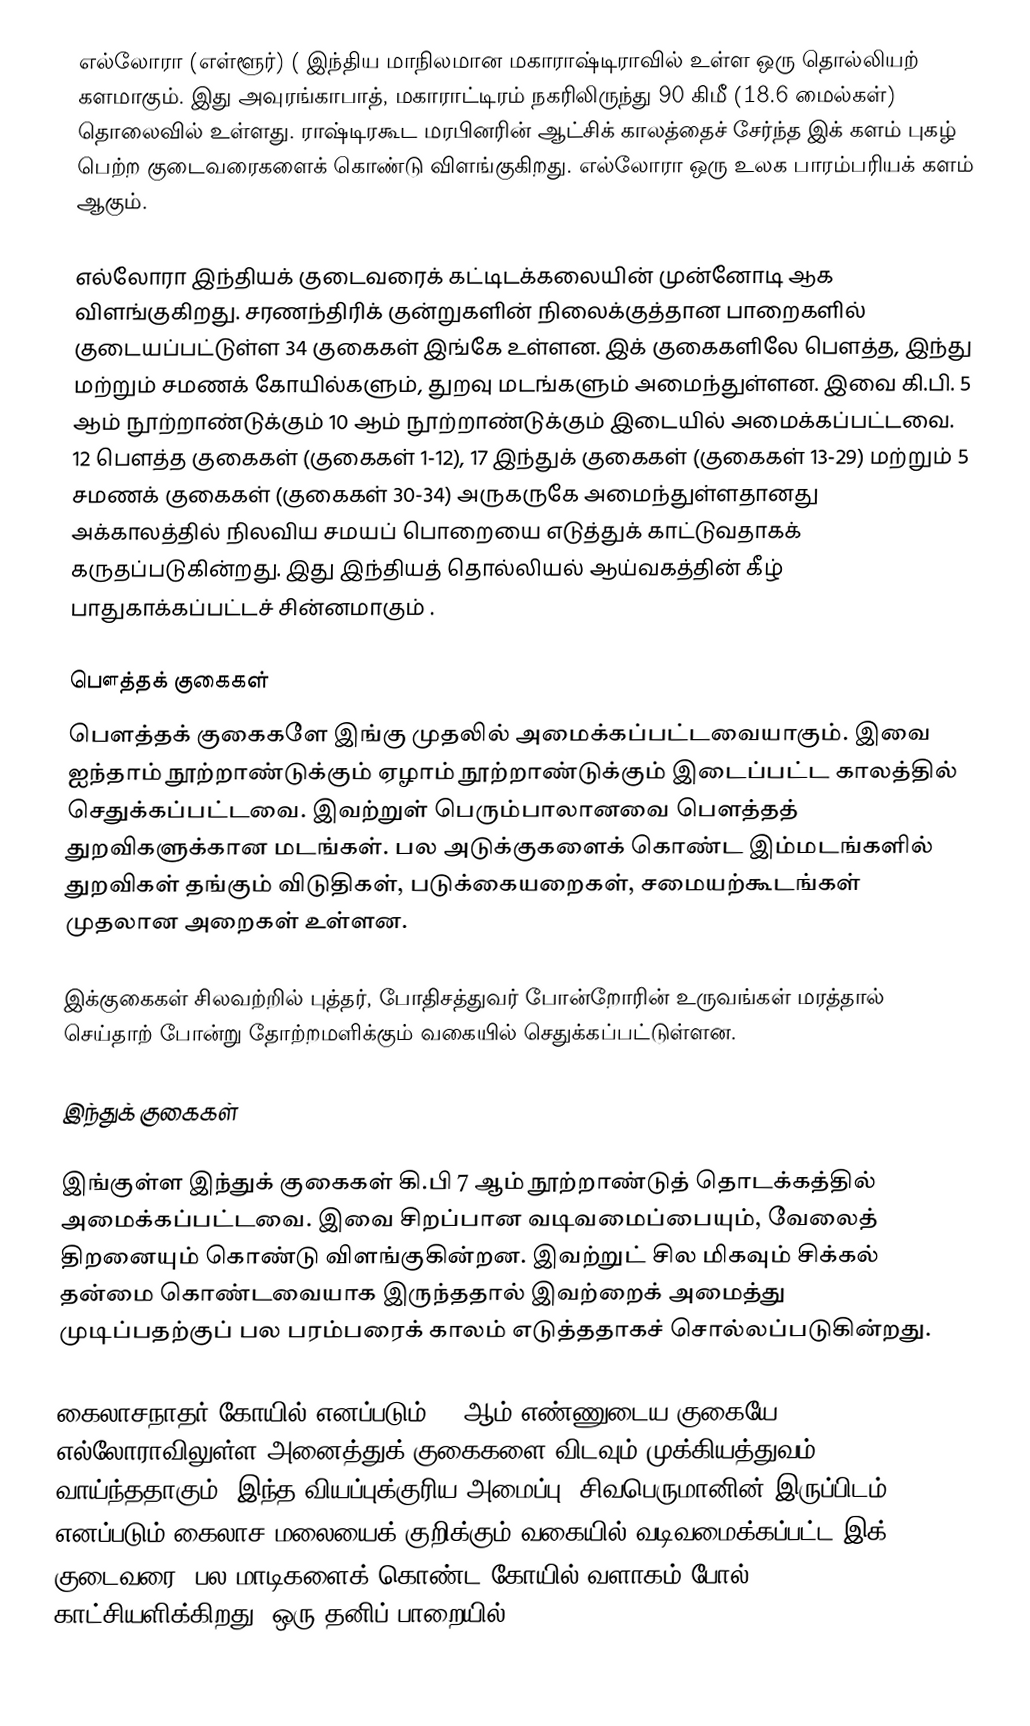
எல்லோரா (எள்ளூர்) (  இந்திய மாநிலமான மகாராஷ்டிராவில் உள்ள ஒரு தொல்லியற் களமாகும். இது அவுரங்காபாத், மகாராட்டிரம் நகரிலிருந்து 90 கிமீ (18.6 மைல்கள்) தொலைவில் உள்ளது. ராஷ்டிரகூட மரபினரின் ஆட்சிக் காலத்தைச் சேர்ந்த இக் களம் புகழ் பெற்ற குடைவரைகளைக் கொண்டு விளங்குகிறது. எல்லோரா ஒரு உலக பாரம்பரியக் களம் ஆகும்.

எல்லோரா இந்தியக் குடைவரைக் கட்டிடக்கலையின் முன்னோடி ஆக விளங்குகிறது. சரணந்திரிக் குன்றுகளின் நிலைக்குத்தான பாறைகளில் குடையப்பட்டுள்ள 34 குகைகள் இங்கே உள்ளன. இக் குகைகளிலே பௌத்த, இந்து மற்றும் சமணக் கோயில்களும், துறவு மடங்களும் அமைந்துள்ளன. இவை கி.பி. 5 ஆம் நூற்றாண்டுக்கும் 10 ஆம் நூற்றாண்டுக்கும் இடையில் அமைக்கப்பட்டவை. 12 பௌத்த குகைகள் (குகைகள் 1-12), 17 இந்துக் குகைகள் (குகைகள் 13-29) மற்றும் 5 சமணக் குகைகள் (குகைகள் 30-34) அருகருகே அமைந்துள்ளதானது அக்காலத்தில் நிலவிய சமயப் பொறையை எடுத்துக் காட்டுவதாகக் கருதப்படுகின்றது. இது இந்தியத் தொல்லியல் ஆய்வகத்தின்  கீழ் பாதுகாக்கப்பட்டச் சின்னமாகும் .

பௌத்தக் குகைகள்
பௌத்தக் குகைகளே இங்கு முதலில் அமைக்கப்பட்டவையாகும். இவை ஐந்தாம் நூற்றாண்டுக்கும் ஏழாம் நூற்றாண்டுக்கும் இடைப்பட்ட காலத்தில் செதுக்கப்பட்டவை. இவற்றுள் பெரும்பாலானவை பௌத்தத் துறவிகளுக்கான மடங்கள். பல அடுக்குகளைக் கொண்ட இம்மடங்களில் துறவிகள் தங்கும் விடுதிகள், படுக்கையறைகள், சமையற்கூடங்கள் முதலான அறைகள் உள்ளன.

இக்குகைகள் சிலவற்றில் புத்தர், போதிசத்துவர் போன்றோரின் உருவங்கள் மரத்தால் செய்தாற் போன்று தோற்றமளிக்கும் வகையில் செதுக்கப்பட்டுள்ளன.

இந்துக் குகைகள்

இங்குள்ள இந்துக் குகைகள் கி.பி 7 ஆம் நூற்றாண்டுத் தொடக்கத்தில் அமைக்கப்பட்டவை. இவை சிறப்பான வடிவமைப்பையும், வேலைத் திறனையும் கொண்டு விளங்குகின்றன. இவற்றுட் சில மிகவும் சிக்கல் தன்மை கொண்டவையாக இருந்ததால் இவற்றைக் அமைத்து முடிப்பதற்குப் பல பரம்பரைக் காலம் எடுத்ததாகச் சொல்லப்படுகின்றது.

கைலாசநாதர் கோயில் எனப்படும் 16 ஆம் எண்ணுடைய குகையே எல்லோராவிலுள்ள அனைத்துக் குகைகளை விடவும் முக்கியத்துவம் வாய்ந்ததாகும். இந்த வியப்புக்குரிய அமைப்பு, சிவபெருமானின் இருப்பிடம் எனப்படும் கைலாச மலையைக் குறிக்கும் வகையில் வடிவமைக்கப்பட்ட இக் குடைவரை, பல மாடிகளைக் கொண்ட கோயில் வளாகம் போல் காட்சியளிக்கிறது. ஒரு தனிப் பாறையில்